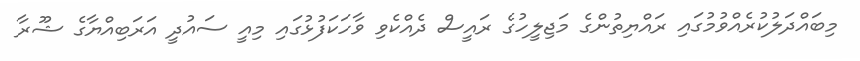
މިބައްދަލުކުރެއްވުމުގައި ރައްޔިތުންގެ މަޖިލީހުގެ ރައީސް ދެއްކެވި ވާހަކަފުޅުގައި މިއީ ސައުދީ އަރަބިއްޔާގެ ޝޫރާ